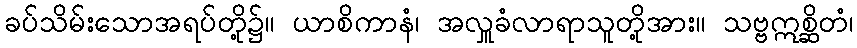
ခပ်သိမ်းသောအရပ်တို့၌။ ယာစိကာနံ၊ အလှူခံလာရာသူတို့အား။ သဗ္ဗဣစ္ဆိတံ၊